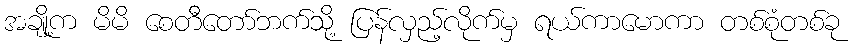
အချို့က မိမိ စေတီတော်ဘက်သို့ ပြန်လှည့်လိုက်မှ ရယ်ကာမောကာ တစ်စုံတစ်ခု